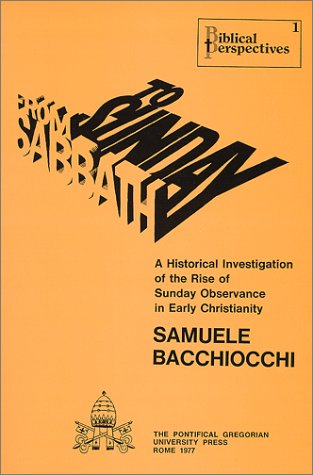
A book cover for From Sabbath to Sunday : A Historical Investigation of the Rise of Sunday Observance in Early Christianity; Samuele Bacchiocchi; Religion & Spirituality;